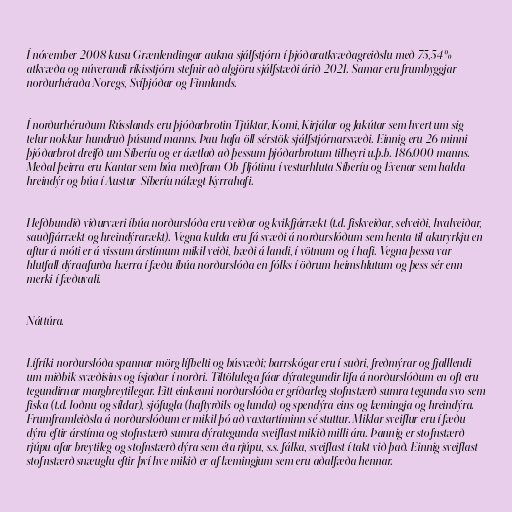
Í nóvember 2008 kusu Grænlendingar aukna sjálfstjórn í þjóðaratkvæðagreiðslu með 75,54%
atkvæða og núverandi ríkisstjórn stefnir að algjöru sjálfstæði árið 2021. Samar eru frumbyggjar
norðurhéraða Noregs, Svíþjóðar og Finnlands.

Í norðurhéruðum Rússlands eru þjóðarbrotin Tjúktar, Komi, Kirjálar og Jakútar sem hvert um sig
telur nokkur hundruð þúsund manns. Þau hafa öll sérstök sjálfstjórnarsvæði. Einnig eru 26 minni
þjóðarbrot dreifð um Síberíu og er áætlað að þessum þjóðarbrotum tilheyri u.þ.b. 186.000 manns.
Meðal þeirra eru Kantar sem búa meðfram Ob-fljótinu í vesturhluta Síberíu og Evenar sem halda
hreindýr og búa í Austur-Síberíu nálægt Kyrrahafi.

Hefðbundið viðurværi íbúa norðurslóða eru veiðar og kvikfjárrækt (t.d. fiskveiðar, selveiði, hvalveiðar,
sauðfjárrækt og hreindýrarækt). Vegna kulda eru fá svæði á norðurslóðum sem henta til akuryrkju en
aftur á móti er á vissum árstímum mikil veiði, bæði á landi, í vötnum og í hafi. Vegna þessa var
hlutfall dýraafurða hærra í fæðu íbúa norðurslóða en fólks í öðrum heimshlutum og þess sér enn
merki í fæðuvali.

Náttúra.

Lífríki norðurslóða spannar mörg lífbelti og búsvæði; barrskógar eru í suðri, freðmýrar og fjalllendi
um miðbik svæðisins og ísjaðar í norðri. Tiltölulega fáar dýrategundir lifa á norðurslóðum en oft eru
tegundirnar margbreytilegar. Eitt einkenni norðurslóða er gríðarleg stofnstærð sumra tegunda svo sem
fiska (t.d. loðnu og síldar), sjófugla (haftyrðils og lunda) og spendýra eins og læmingja og hreindýra.
Frumframleiðsla á norðurslóðum er mikil þó að vaxtartíminn sé stuttur. Miklar sveiflur eru í fæðu
dýra eftir árstíma og stofnstærð sumra dýrategunda sveiflast mikið milli ára. Þannig er stofnstærð
rjúpu afar breytileg og stofnstærð dýra sem éta rjúpu, s.s. fálka, sveiflast í takt við það. Einnig sveiflast
stofnstærð snæuglu eftir því hve mikið er af læmingjum sem eru aðalfæða hennar.